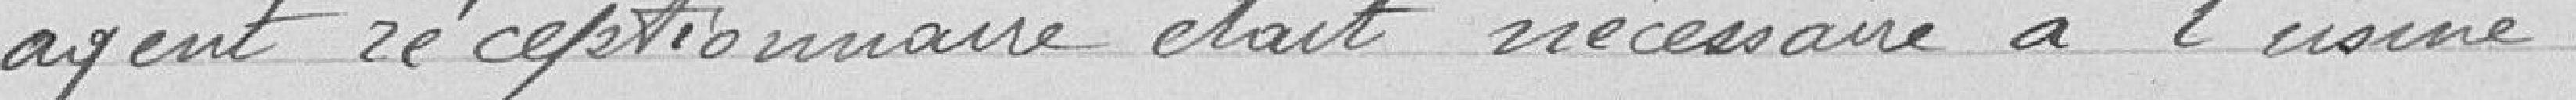
agent réceptionnaire était nécessaire à l'usine